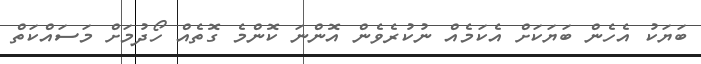
ބަޔަކު އެހެން ބަޔަކަށް އެކަމެއް ނުކުރެވެން އޮންނަ ކޮންމެ ގޮތެއް ހޯދުމަށް މަސައްކަތް